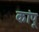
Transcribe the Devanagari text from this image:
कांपू